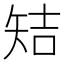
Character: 䂒